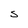
Character: S